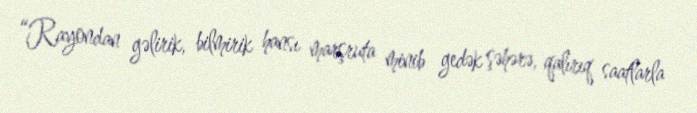
“Rayondan gəlirik, bilmirik hansı marşruta minib gedək şəhərə, qalırıq saatlarla